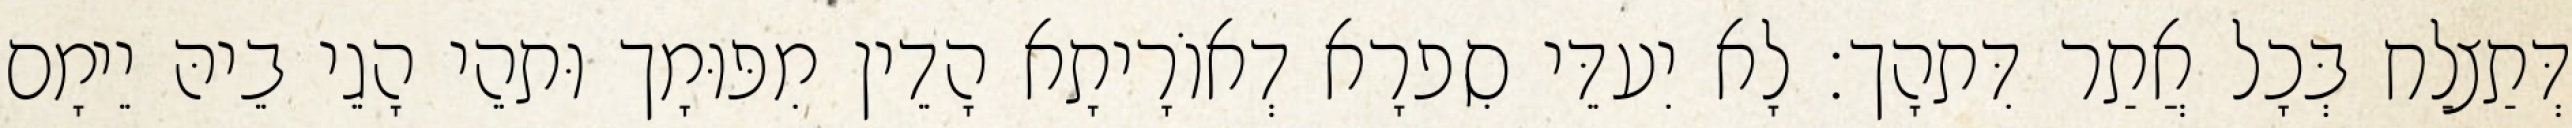
דְּתַצלַח בְּכָל אֲתַר דִּתהָך׃ לָא יִעדֵּי סִפרָא דְאוֹרָיתָא הָדֵין מִפּוּמָך וּתהֵי הָגֵי בֵיהּ יֵימָם